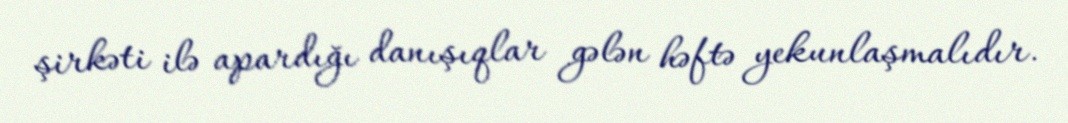
şirkəti ilə apardığı danışıqlar gələn həftə yekunlaşmalıdır.